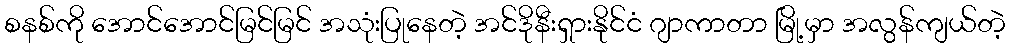
စနစ်ကို အောင်အောင်မြင်မြင် အသုံးပြုနေတဲ့ အင်ဒိုနီးရှားနိုင်ငံ ဂျာကာတာ မြို့မှာ အလွန်ကျယ်တဲ့